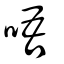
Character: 唔